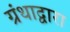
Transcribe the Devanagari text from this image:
ग्रंथाद्वारा